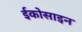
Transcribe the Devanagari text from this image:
ईकोसाइन